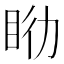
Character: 𥅇